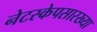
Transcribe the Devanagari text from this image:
नेटस्केपसारख्या